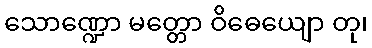
သောဏ္ဍော မတ္တော ဝိဓေယျော တု၊